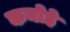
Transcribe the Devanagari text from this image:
कनोहे